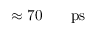
\approx 7 0 \ensuremath { \mathrm { ~ \textrm ~ { ~ \, ~ } ~ } } \ensuremath { \mathrm { p s } }